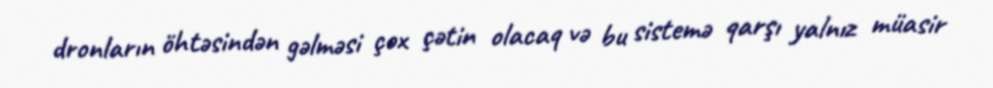
dronların öhtəsindən gəlməsi çox çətin olacaq və bu sistemə qarşı yalnız müasir